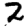
Digit: 2